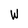
Character: W